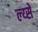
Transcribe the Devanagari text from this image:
ल्य्से